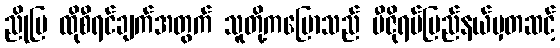
ညိုမြ ထိုစီရင်ချက်အတွက် သူတို့ကပြောသည် မီဇိုရမ်ပြည်နယ်မှတဆင့်